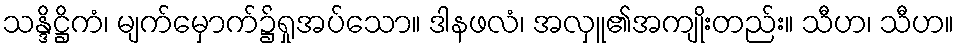
သန္ဒိဋ္ဌိကံ၊ မျက်မှောက်၌ရှုအပ်သော။ ဒါနဖလံ၊ အလှူ၏အကျိုးတည်း။ သီဟ၊ သီဟ။